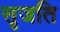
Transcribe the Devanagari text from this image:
सृजति